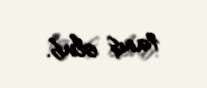
tanış olub.